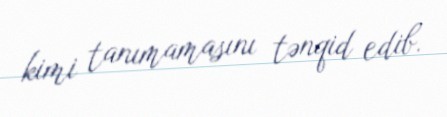
kimi tanımamasını tənqid edib.